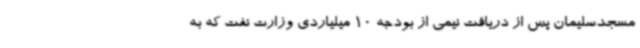
مسجدسلیمان پس از دریافت نیمی از بودجه 10 میلیاردی وزارت نفت که به